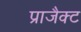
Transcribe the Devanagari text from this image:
प्राजैक्ट